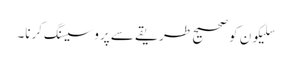
سلیکون کو صحیح طریقے سے پروسیسنگ کرنا۔